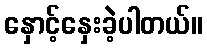
နှောင့်နှေးခဲ့ပါတယ်။